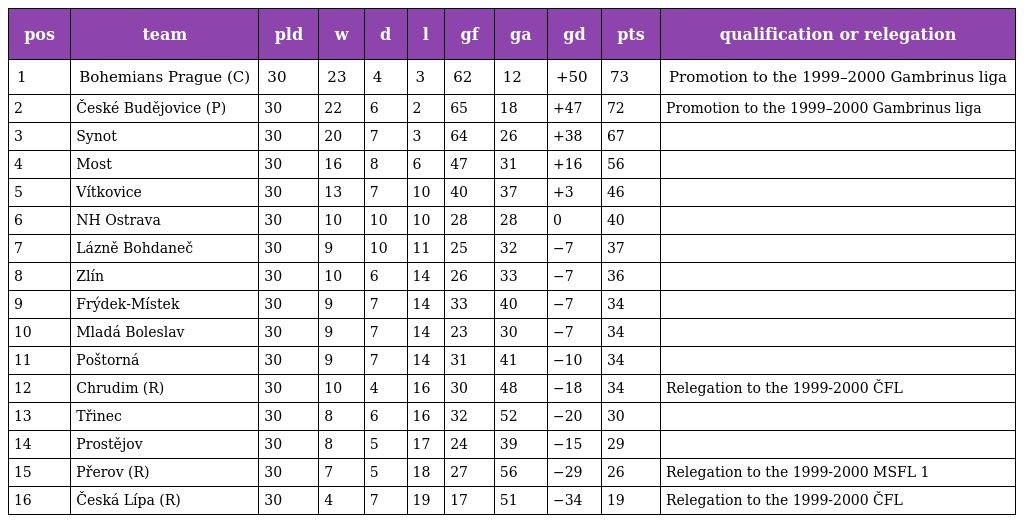
| pos | team | pld | w | d | l | gf | ga | gd | pts | qualification or relegation |
 | --- | --- | --- | --- | --- | --- | --- | --- | --- | --- | --- |
 | 1 | Bohemians Prague (C) | 30 | 23 | 4 | 3 | 62 | 12 | +50 | 73 | Promotion to the 1999–2000 Gambrinus liga |
 | 2 | České Budějovice (P) | 30 | 22 | 6 | 2 | 65 | 18 | +47 | 72 | Promotion to the 1999–2000 Gambrinus liga |
 | 3 | Synot | 30 | 20 | 7 | 3 | 64 | 26 | +38 | 67 |  |
 | 4 | Most | 30 | 16 | 8 | 6 | 47 | 31 | +16 | 56 |  |
 | 5 | Vítkovice | 30 | 13 | 7 | 10 | 40 | 37 | +3 | 46 |  |
 | 6 | NH Ostrava | 30 | 10 | 10 | 10 | 28 | 28 | 0 | 40 |  |
 | 7 | Lázně Bohdaneč | 30 | 9 | 10 | 11 | 25 | 32 | −7 | 37 |  |
 | 8 | Zlín | 30 | 10 | 6 | 14 | 26 | 33 | −7 | 36 |  |
 | 9 | Frýdek-Místek | 30 | 9 | 7 | 14 | 33 | 40 | −7 | 34 |  |
 | 10 | Mladá Boleslav | 30 | 9 | 7 | 14 | 23 | 30 | −7 | 34 |  |
 | 11 | Poštorná | 30 | 9 | 7 | 14 | 31 | 41 | −10 | 34 |  |
 | 12 | Chrudim (R) | 30 | 10 | 4 | 16 | 30 | 48 | −18 | 34 | Relegation to the 1999-2000 ČFL |
 | 13 | Třinec | 30 | 8 | 6 | 16 | 32 | 52 | −20 | 30 |  |
 | 14 | Prostějov | 30 | 8 | 5 | 17 | 24 | 39 | −15 | 29 |  |
 | 15 | Přerov (R) | 30 | 7 | 5 | 18 | 27 | 56 | −29 | 26 | Relegation to the 1999-2000 MSFL 1 |
 | 16 | Česká Lípa (R) | 30 | 4 | 7 | 19 | 17 | 51 | −34 | 19 | Relegation to the 1999-2000 ČFL |